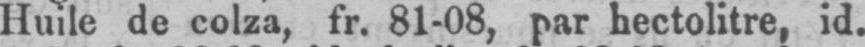
Huile de colza, fr. 81-08, par hectolitre, id.